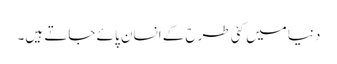
دنیا میں کئی طرح کے انسان پائے جاتے ہیں۔